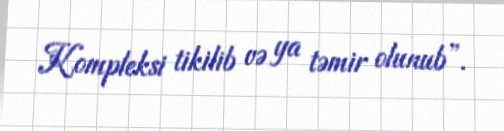
Kompleksi tikilib və ya təmir olunub”.